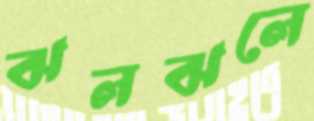
ঝলঝলে